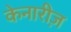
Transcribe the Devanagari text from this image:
केनारीज़